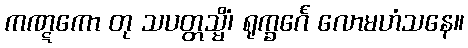
ကဏ္ဋကော တု သပတ္တသ္မိံ၊ ရုက္ခင်္ဂေ လောမဟံသနေ။